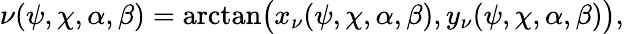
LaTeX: \nu(\psi,\chi,\alpha,\beta)=\arctan\! \big(x_{\nu}(\psi,\chi,\alpha,\beta),y_{\nu}(\psi,\chi,\alpha,\beta)\big),